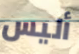
أليس